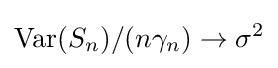
\mathrm {Var} (S_{n})/(n\gamma _{n})\to \sigma ^{2}